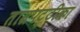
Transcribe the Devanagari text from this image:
ताम्रपट्टीका